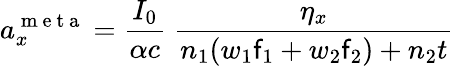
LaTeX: a_{x}^{\mathrm{~m~e~t~a~}}=\frac{I_{0}}{\alpha c}\; \frac{\eta_{x}}{n_{1}(w_{1}\mathsf{f}_{1}+w_{2}\mathsf{f}_{2})+n_{2}t}